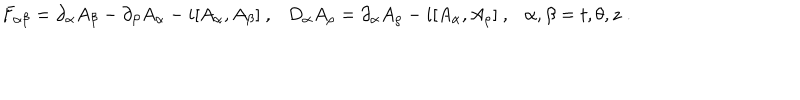
F _ { \alpha \beta } = \partial _ { \alpha } A _ { \beta } - \partial _ { \beta } A _ { \alpha } - i [ A _ { \alpha } , A _ { \beta } ] ~ , D _ { \alpha } A _ { \rho } = \partial _ { \alpha } A _ { \rho } - i [ A _ { \alpha } , A _ { \rho } ] ~ , \alpha , \beta = t , \theta , z \; .